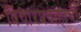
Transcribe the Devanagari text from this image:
विचारप्रवाहाची